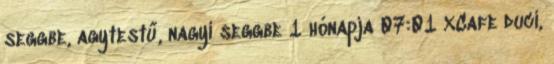
seggbe, agytestű, nagyi seggbe 1 hónapja 07:01 XCafe duci,